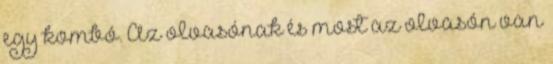
egy kombó. Az olvasónak és most az olvasón van